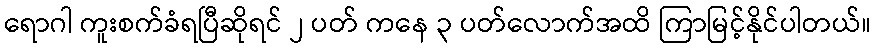
ရောဂါ ကူးစက်ခံရပြီဆိုရင် ၂ ပတ် ကနေ ၃ ပတ်လောက်အထိ ကြာမြင့်နိုင်ပါတယ်။